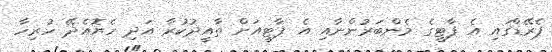
ޕެރޭޑްގައި އެ ޕާޓީގެ މެންބަރުންނާއި އެ ޕާޓީއަށް ތާއީދުކުރާ އަދި ހެޔޮއެދޭ ހުރިހާ